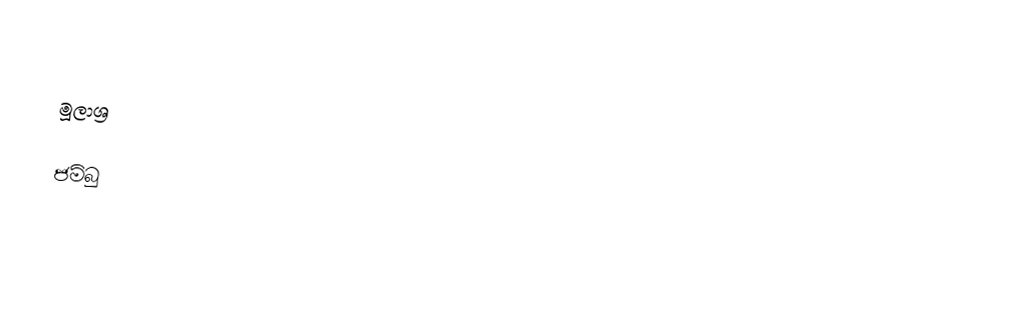

මූලාශ්‍ර

ජම්බු